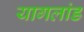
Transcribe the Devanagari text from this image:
यागलांड